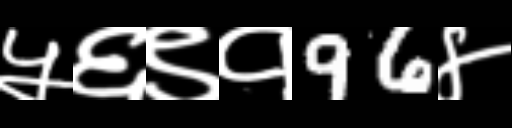
Text: ५६९१96४